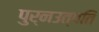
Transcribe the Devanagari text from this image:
पुर्नउत्पति